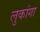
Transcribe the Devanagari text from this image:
लुकांगा